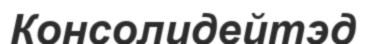
Консолидейтэд